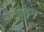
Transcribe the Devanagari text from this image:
बूइन